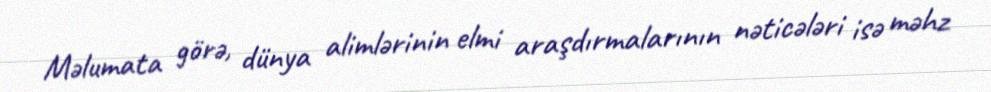
Məlumata görə, dünya alimlərinin elmi araşdırmalarının nəticələri isə məhz